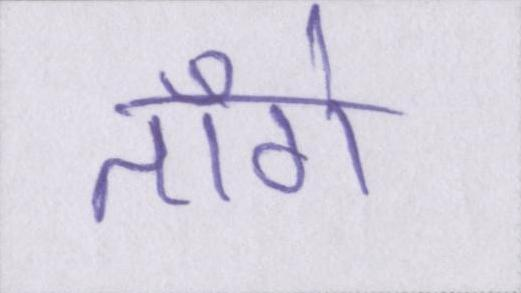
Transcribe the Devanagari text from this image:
ताँगे